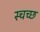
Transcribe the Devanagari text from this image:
स्चच्छ